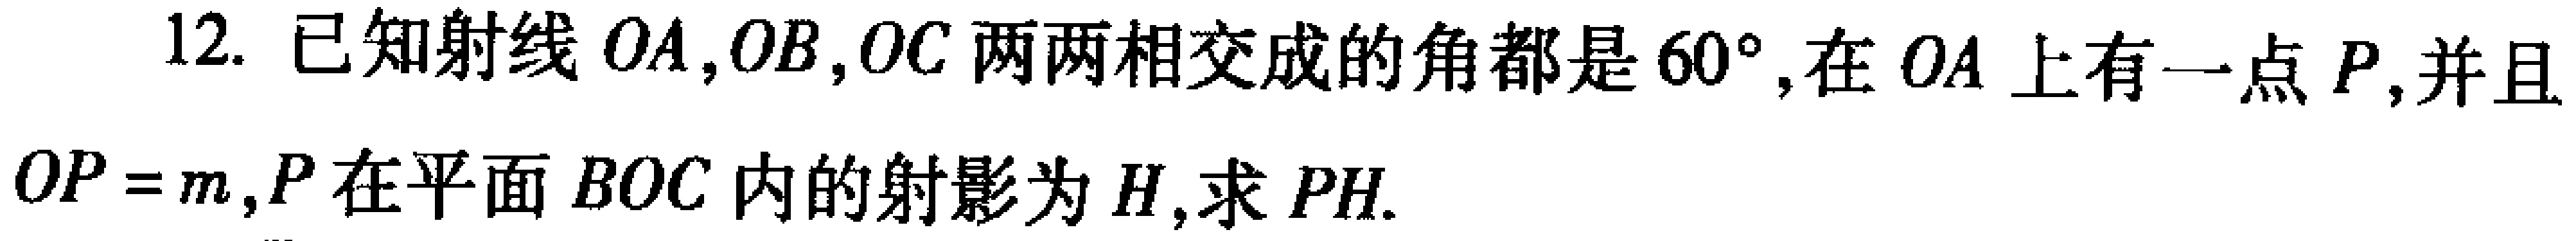
12. 已知射线 \(OA,OB,OC\) 两两相交成的角都是 \(60^{\circ}\), 在 \(OA\) 上有一点 \(P\),并且 \(OP = m\), \(P\) 在平面 \(BOC\) 内的射影为 \(H\),求 \(PH\).